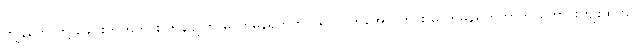
ကျွန်တော်တို့ ခေါင်းကိုက်တိုင်း ကွန်ပျူတာဓာတ်မှန်ရိုက်တာ၊ ရင်ဘတ်အောင့်တိုင်း ဓာတ်မှန်ရိုက်တာက ကောင်းကျိုးထက်